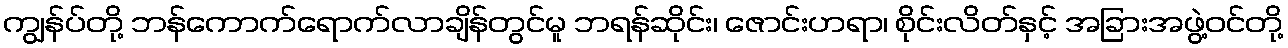
ကျွန်ပ်တို့ ဘန်ကောက်ရောက်လာချိန်တွင်မူ ဘရန်ဆိုင်း၊ ဇောင်းဟရာ၊ စိုင်းလိတ်နှင့် အခြားအဖွဲ့ဝင်တို့